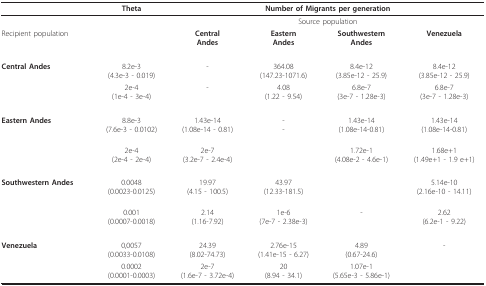
<table><thead><tr><td></td><td><b>Theta</b></td><td colspan="4"><b>Number of Migrants per generation</b></td></tr></thead><tbody><tr><td></td><td></td><td colspan="4">Source population</td></tr><tr><td>Recipient population</td><td></td><td><b>Central </b><b>Andes</b></td><td><b>Eastern </b><b>Andes</b></td><td><b>Southwestern </b><b>Andes</b></td><td><b>Venezuela</b></td></tr><tr><td><b>Central Andes</b></td><td>8.2e-3(4.3e-3 - 0.019)</td><td>-</td><td>364.08(147.23-1071.6)</td><td>8.4e-12(3.85e-12 - 25.9)</td><td>8.4e-12(3.85e-12 - 25.9)</td></tr><tr><td></td><td>2e-4(1e-4 - 3e-4)</td><td>-</td><td>4.08(1.22 - 9.54)</td><td>6.8e-7(3e-7 - 1.28e-3)</td><td>6.8e-7(3e-7 - 1.28e-3)</td></tr><tr><td><b>Eastern Andes</b></td><td>8.8e-3(7.6e-3 - 0.0102)</td><td>1.43e-14(1.08e-14 - 0.81)</td><td>--</td><td>1.43e-14(1.08e-14-0.81)</td><td>1.43e-14(1.08e-14-0.81)</td></tr><tr><td></td><td>2e-4(2e-4 - 2e-4)</td><td>2e-7(3.2e-7 - 2.4e-4)</td><td></td><td>1.72e-1(4.08e-2 - 4.6e-1)</td><td>1.68e+1(1.49e+1 - 1.9 e+1)</td></tr><tr><td><b>Southwestern Andes</b></td><td>0.0048(0.0023-0.0125)</td><td>19.97(4.15 - 100.5)</td><td>43.97(12.33-181.5)</td><td></td><td>5.14e-10(2.16e-10 - 14.11)</td></tr><tr><td></td><td>0.001(0.0007-0.0018)</td><td>2.14(1.16-7.92)</td><td>1e-6(7e-7 - 2.38e-3)</td><td>-</td><td>2.62(6.2e-1 - 9.22)</td></tr><tr><td><b>Venezuela</b></td><td>0,0057(0.0033-0.0108)</td><td>24.39(8.02-74.73)</td><td>2.76e-15(1.41e-15 - 6.27)</td><td>4.89(0.67-24.6)</td><td>-</td></tr><tr><td></td><td>0.0002(0.0001-0.0003)</td><td>2e-7(1.6e-7 - 3.72e-4)</td><td>20(8.94 - 34.1)</td><td>1.07e-1(5.65e-3 - 5.86e-1)</td><td></td></tr></tbody></table>